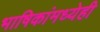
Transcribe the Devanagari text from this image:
भाषिकांमध्येही